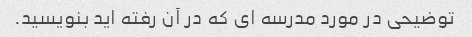
توضیحی در مورد مدرسه ای که در آن رفته اید بنویسید.